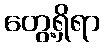
တွေ့ရှိရာ